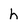
Character: h